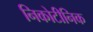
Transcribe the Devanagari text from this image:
निकोटीनिक